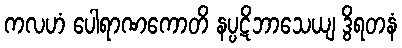
ကလဟံ ပေါရာဏကောတိ နပ္ပဋိဘာသေယျ ဒွိရတနံ